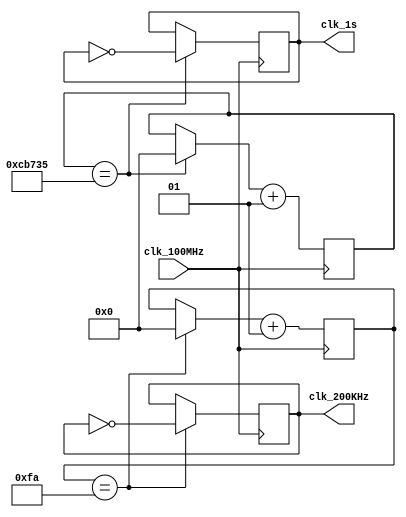
module clk_gen(
        input clk_100MHz,
        // input rst,
        output reg clk_200KHz,
        output reg clk_1s
);

    integer count_200KHz;
    integer count_1s;

    initial begin
        count_200KHz = 0;
        count_1s = 0;
        clk_1s = 1'b0;
        clk_200KHz = 1'b0;
    end

    always@(posedge clk_100MHz) begin
        // if(rst) begin
        //     count_200KHz = 0;
        //     count_1s = 0;
        //     clk_1s = 1'b0;
        //     clk_200KHz = 1'b0;
        // end else begin
            if(count_200KHz == 250) begin
                clk_200KHz = ~clk_200KHz;
                count_200KHz = 0;
            end
            if(count_1s == 833333) begin
                clk_1s = ~clk_1s;
                count_1s = 0;
            end
            count_200KHz = count_200KHz + 1;
            count_1s = count_1s + 1;
        // end
    end

endmodule